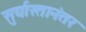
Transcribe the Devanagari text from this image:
सुर्यास्तानंतर